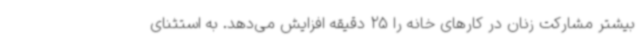
بیشتر مشارکت زنان در کارهای خانه را 25 دقیقه افزایش می‌دهد. به استثنای